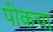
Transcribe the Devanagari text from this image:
पीकचा